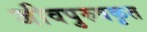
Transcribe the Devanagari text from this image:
जीवपुरुषकृत